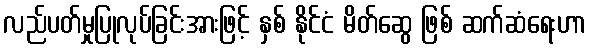
လည်ပတ်မှုပြုလုပ်ခြင်းအားဖြင့် နှစ် နိုင်ငံ မိတ်ဆွေ ဖြစ် ဆက်ဆံရေးဟာ